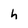
Character: h